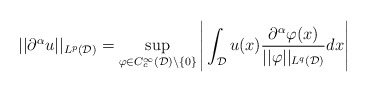
\begin{align*}||\partial^{\alpha}u||_{L^p(\mathcal{D})} = \sup_{\varphi \in C_c^{\infty}(\mathcal{D})\setminus\{0\}} \Bigg|\int_{\mathcal{D}}u(x)\frac{\partial^{\alpha}\varphi(x)}{||\varphi||_{L^q(\mathcal{D})}}dx \Bigg|\end{align*}